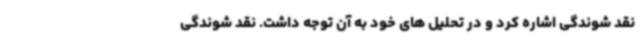
نقد شوندگی اشاره کرد و در تحلیل های خود به آن توجه داشت. نقد شوندگی